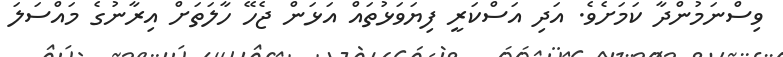
ވިސްނަމުންދާ ކަމަށެވެ. އަދި އަސްކަރީ ފިޔަވަޅުތައް އަޅަން ޖެހޭ ހާލަތަށް އިރާނުގެ މައްސަލަ